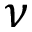
\nu